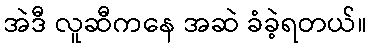
အဲဒီ လူဆီကနေ အဆဲ ခံခဲ့ရတယ်။